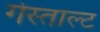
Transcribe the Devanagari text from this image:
गेस्ताल्ट